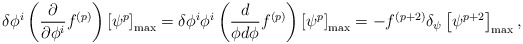
\begin{align*}\delta \phi^i \left( \frac{\partial}{\partial \phi^i} f^{(p)} \right) \left[ \psi^p \right]_{\rm max} = \delta \phi^i \phi^i \left( \frac{d } {\phi d \phi} f^{(p)} \right) \left[ \psi^p \right]_{\rm max} = - f^{(p+2)} \delta_{\psi} \left[ \psi^{p+2} \right]_{\rm max} ,\end{align*}